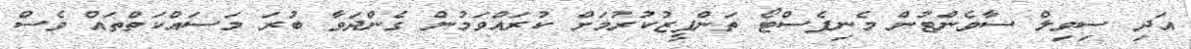
އަދި ސިވިލް ސާވެންޓުން މެނިފެސްޓޯ ތަންފީޒުކުރުމަށް ކުރައްވަމުން ގެންދަވާ ބުރަ މަސައްކަތްތައް ވެސް